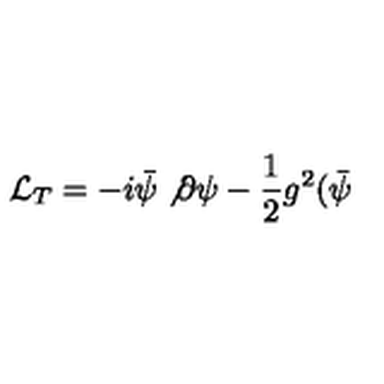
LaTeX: { \cal L } _ { T } = - i \bar { \psi } \not { \partial } \psi - \frac { 1 } { 2 } g ^ { 2 } ( \bar { \psi }